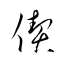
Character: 偰